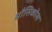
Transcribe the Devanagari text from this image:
मौसिकोस